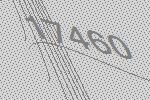
17460